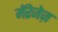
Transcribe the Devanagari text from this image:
मॅरेजेज़